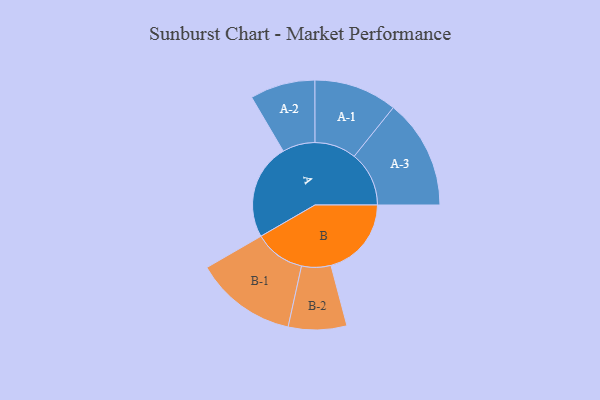
{"axis": {"x": "Segment", "y": "Value"}, "legend": ["", "A", "B"], "data": [{"x": "A", "y": 486, "type": ""}, {"x": "B", "y": 408, "type": ""}, {"x": "A-1", "y": 211, "type": "A"}, {"x": "A-2", "y": 165, "type": "A"}, {"x": "A-3", "y": 278, "type": "A"}, {"x": "B-1", "y": 258, "type": "B"}, {"x": "B-2", "y": 148, "type": "B"}]}